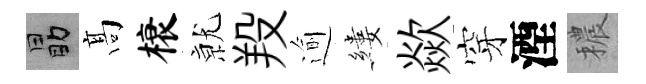
勗髙榱𭕒羖逾縷歘穿湮穠